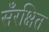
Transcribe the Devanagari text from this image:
सँरक्षित